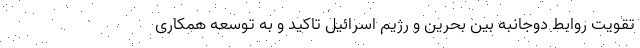
تقویت روابط دوجانبه بین بحرین و رژیم اسرائیل تاکید و به توسعه همکاری